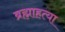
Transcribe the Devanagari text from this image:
ब्रह्माहत्या